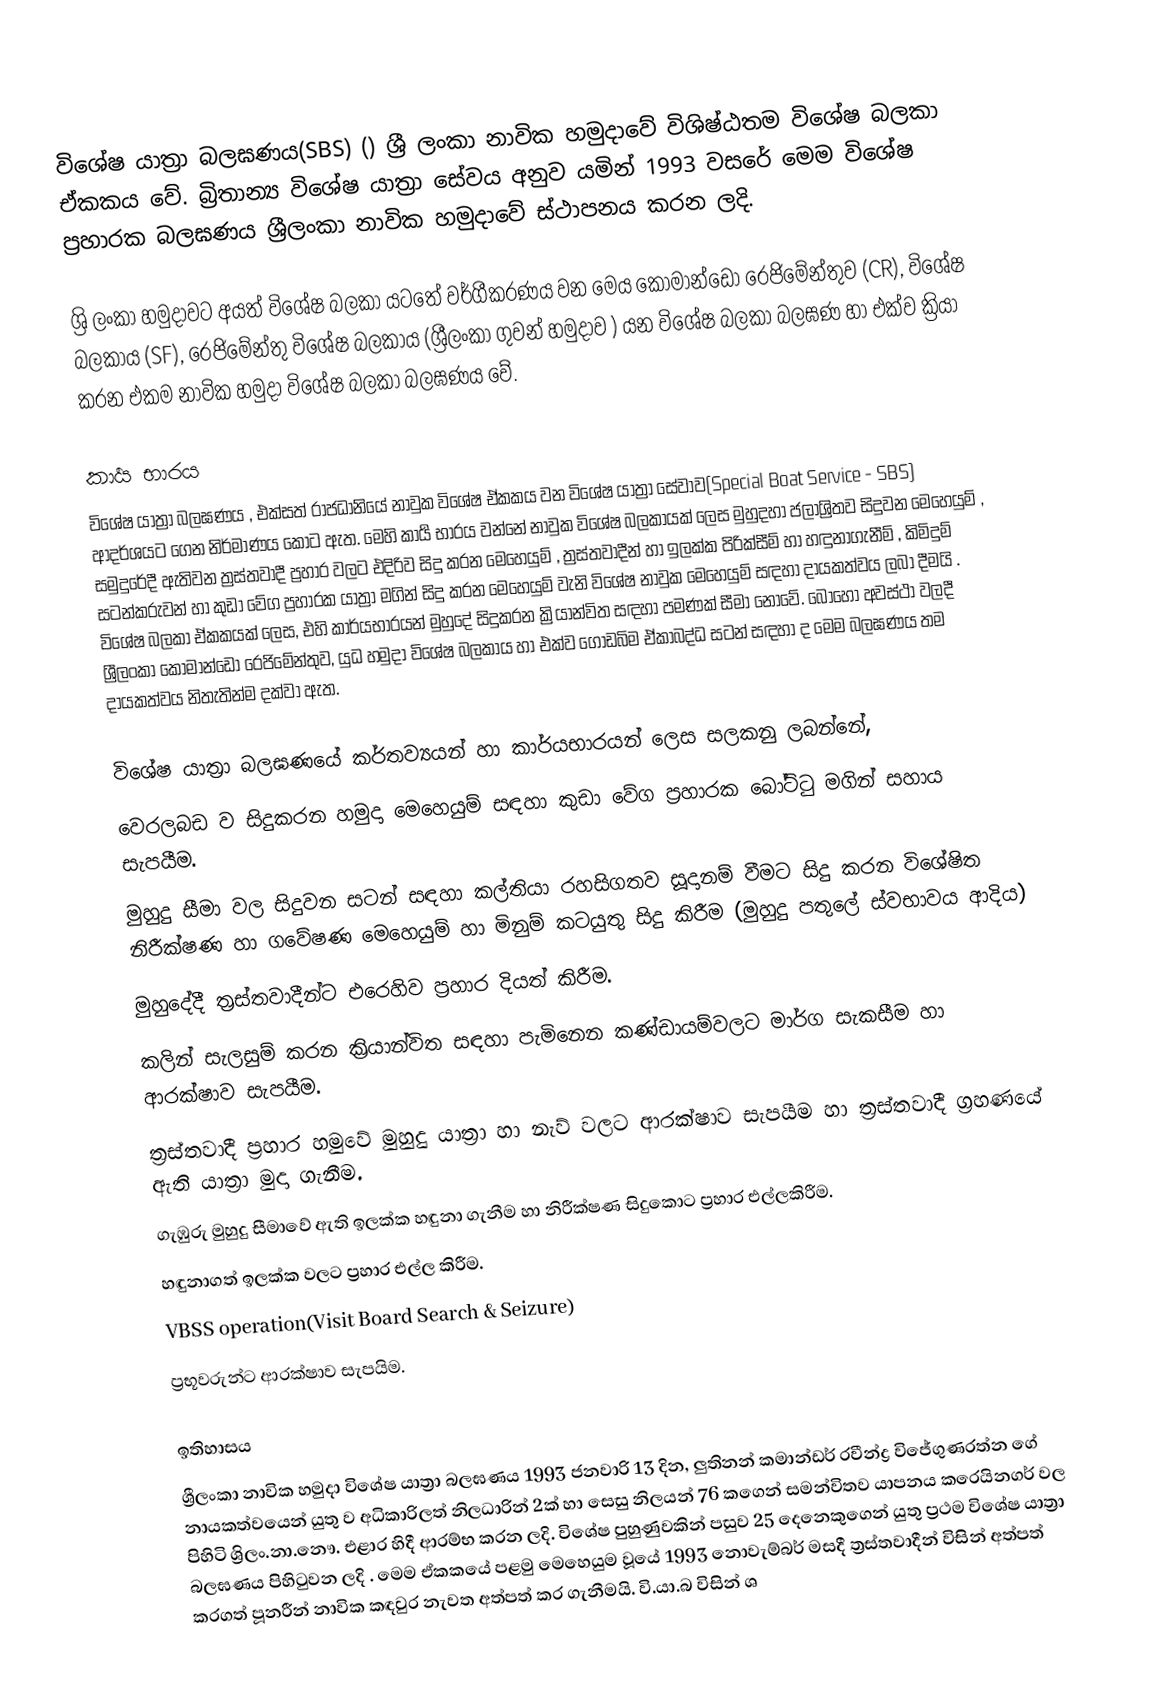
විශේෂ යාත්‍රා බලඝණය(SBS) () ශ්‍රී ලංකා නාවික හමුදාවේ විශිෂ්ඨතම විශේෂ බලකා ඒකකය වේ. බ්‍රිතාන්‍ය විශේෂ යාත්‍රා සේවය අනුව යමින් 1993 වසරේ මෙම විශේෂ ප්‍රහාරක බලඝණය ශ්‍රීලංකා නාවික හමුදාවේ ස්ථාපනය කරන ලදි.

ශ්‍රි ලංකා හමුදාවට අයත් විශේෂ බලකා යටතේ වර්ගීකරණය වන මෙය කොමාන්ඩෝ රෙජිමේන්තුව (CR), විශේෂ බලකාය (SF), රෙජිමේන්තු විශේෂ බලකාය (ශ්‍රීලංකා ගුවන් හමුදාව ) යන විශේෂ බලකා බලඝණ හා එක්ව ක්‍රියා කරන එකම නාවික හමුදා විශේෂ බලකා බලඝණය වේ.

කාර්‍ය භාරය
විශේෂ යාත්‍රා බලඝණය , එක්සත් රාජධානියේ නාවුක විශේෂ ඒකකය වන විශේෂ යාත්‍රා සේවාව(Special Boat Service - SBS) ආදර්ශයට ගෙන නිර්මාණය කොට ඇත. මෙහි කාර්‍ය භාරය වන්නේ නාවුක විශේෂ බලකායක් ලෙස   මුහුදහා ජලාශ්‍රිතව සිදුවන මෙහෙයුම් , සමුදුරේදී ඇතිවන ත්‍රස්තවාදී ප්‍රහාර වලට එදිරිව සිදු කරන මෙහෙයුම් , ත්‍රස්තවාදීන් හා ඉලක්ක පිරික්සීම් හා හඳුනාගැනීම් , කිමිදුම් සටන්කරුවන් හා කුඩා වේග ප්‍රහාරක යාත්‍රා මගින් සිදු කරන මෙහෙයුම් වැනි විශේෂ නාවුක මෙහෙයුම් සඳහා දායකත්වය ලබා දීමයි . විශේෂ බලකා ඒකකයක් ලෙස, එහි කාර්යභාරයන් මුහුදේ සිදුකරන ක්‍රියාන්විත සඳහා පමණක් සීමා නොවේ. බොහෝ අවස්ථා වලදී ශ්‍රීලංකා කොමාන්ඩෝ රෙජිමේන්තුව, යුධ හමුදා විශේෂ බලකාය හා එක්ව ගොඩබිම ඒකාබද්ධ සටන් සඳහා ද මෙම බලඝණය තම දායකත්වය නිතැතින්ම දක්වා ඇත.

විශේෂ යාත්‍රා බලඝණයේ කර්තව්‍යයන් හා කාර්යභාරයන් ලෙස සලකනු ලබන්නේ,
 වෙරලබඩ ව සිදුකරන හමුදා මෙහෙයුම් සඳහා කුඩා වේග ප්‍රහාරක බෝට්ටු මගින් සහාය සැපයීම.
 මුහුදු සීමා වල සිදුවන සටන් සඳහා කල්තියා රහසිගතව සූදානම් වීමට සිදු කරන විශේෂිත  නිරීක්ෂණ හා ගවේෂණ මෙහෙයුම් හා මිනුම් කටයුතු සිදු කිරීම (මුහුදු පතුලේ ස්වභාවය ආදිය)
 මුහුදේදී ත්‍රස්තවාදීන්ට එරෙහිව ප්‍රහාර දියත් කිරීම.
 කලින් සැලසුම් කරන ක්‍රියාන්විත සඳහා පැමිනෙන කණ්ඩායම්වලට මාර්ග සැකසීම හා ආරක්ෂාව සැපයීම.
 ත්‍රස්තවාදී ප්‍රහාර හමුවේ මුහුදු යාත්‍රා හා නැව් වලට ආරක්ෂාව සැපයීම හා ත්‍රස්තවාදී ග්‍රහණයේ ඇති යාත්‍රා මුදා ගැනීම.
 ගැඹුරු මුහුදු සීමාවේ ඇති ඉලක්ක හඳුනා ගැනීම හා නිරීක්ෂණ සිදුකොට ප්‍රහාර එල්ලකිරීම.
 හඳුනාගත් ඉලක්ක වලට ප්‍රහාර එල්ල කිරීම.
 VBSS operation(Visit Board Search & Seizure)
 ප්‍රභූවරුන්ට ආරක්ෂාව සැපයිම.

ඉතිහාසය
 ශ්‍රීලංකා නාවික හමුදා විශේෂ යාත්‍රා බලඝණය 1993 ජනවාරි 13 දින, ලුතිනන් කමාන්ඩර් රවීන්ද්‍ර විජේගුණරත්න ගේ නායකත්වයෙන් යුතු ව අධිකාරිලත් නිලධාරින් 2ක් හා සෙසු නිලයන් 76 කගෙන් සමන්විතව යාපනය කරෙයිනගර් වල පිහිටි ශ්‍රිලං.නා.නෞ. එළාර හිදී ආරම්භ කරන ලදි. විශේෂ පුහුණුවකින් පසුව 25 දෙනෙකුගෙන් යුතු ප්‍රථම විශේෂ යාත්‍රා බලඝණය පිහිටුවන ලදි . මෙම ඒකකයේ පළමු මෙහෙයුම වූයේ 1993 නොවැම්බර් මසදී ත්‍රස්තවාදීන් විසින් අත්පත් කරගත් පූනරීන් නාවික කඳවුර නැවත අත්පත් කර ගැනීමයි. වි.යා.බ විසින් ශ